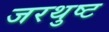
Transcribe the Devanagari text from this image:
जरथुष्ट